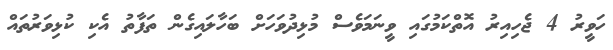
ހަވީރު 4 ޖެހިއިރު އޮތްކަމުގައި ވީނަމަވެސް މުޅިދުވަހަށް ބަހާލައިގެން ތަފާތު އެކި ކުޅިވަރުތައް